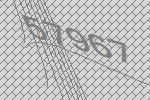
57967